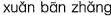
xuǎn bān zhǎng